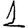
Digit: 1